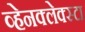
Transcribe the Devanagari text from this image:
व्हेनक्लेक्स्टा